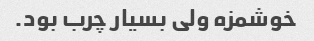
خوشمزه ولی بسیار چرب بود.